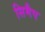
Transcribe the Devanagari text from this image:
सिमैप